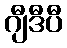
ဂျီဒီပီ